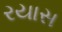
રયાસ